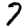
Digit: 7